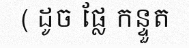
( ដូច ផ្លែ កន្ទួត